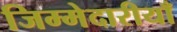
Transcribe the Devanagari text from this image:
जिम्मेदारीयाँ